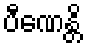
ပီဏေန္တိ